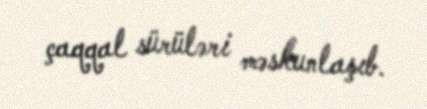
çaqqal sürüləri məskunlaşıb.